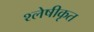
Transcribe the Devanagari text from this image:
श्लेषीकृत